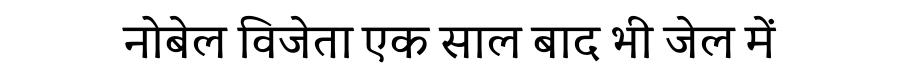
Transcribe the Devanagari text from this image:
नोबेल विजेता एक साल बाद भी जेल में